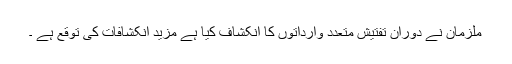
ملزمان نے دوران تفتیش متعدد وارداتوں کا انکشاف کیا ہے مزید انکشافات کی توقع ہے ۔